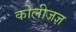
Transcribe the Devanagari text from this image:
कोलीजज्ञ